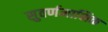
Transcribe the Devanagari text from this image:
सुवर्णमाक्षिक